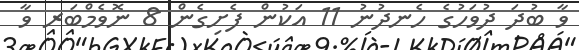
ވާ ބުދަ ދުވަހުގެ ހެނދުނު 11 އަކުން ފެށިގެން 8 ނޮވެމްބަރ ވާ